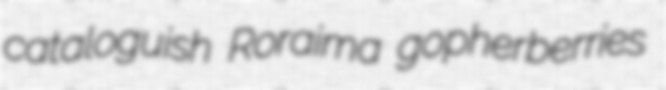
cataloguish Roraima gopherberries